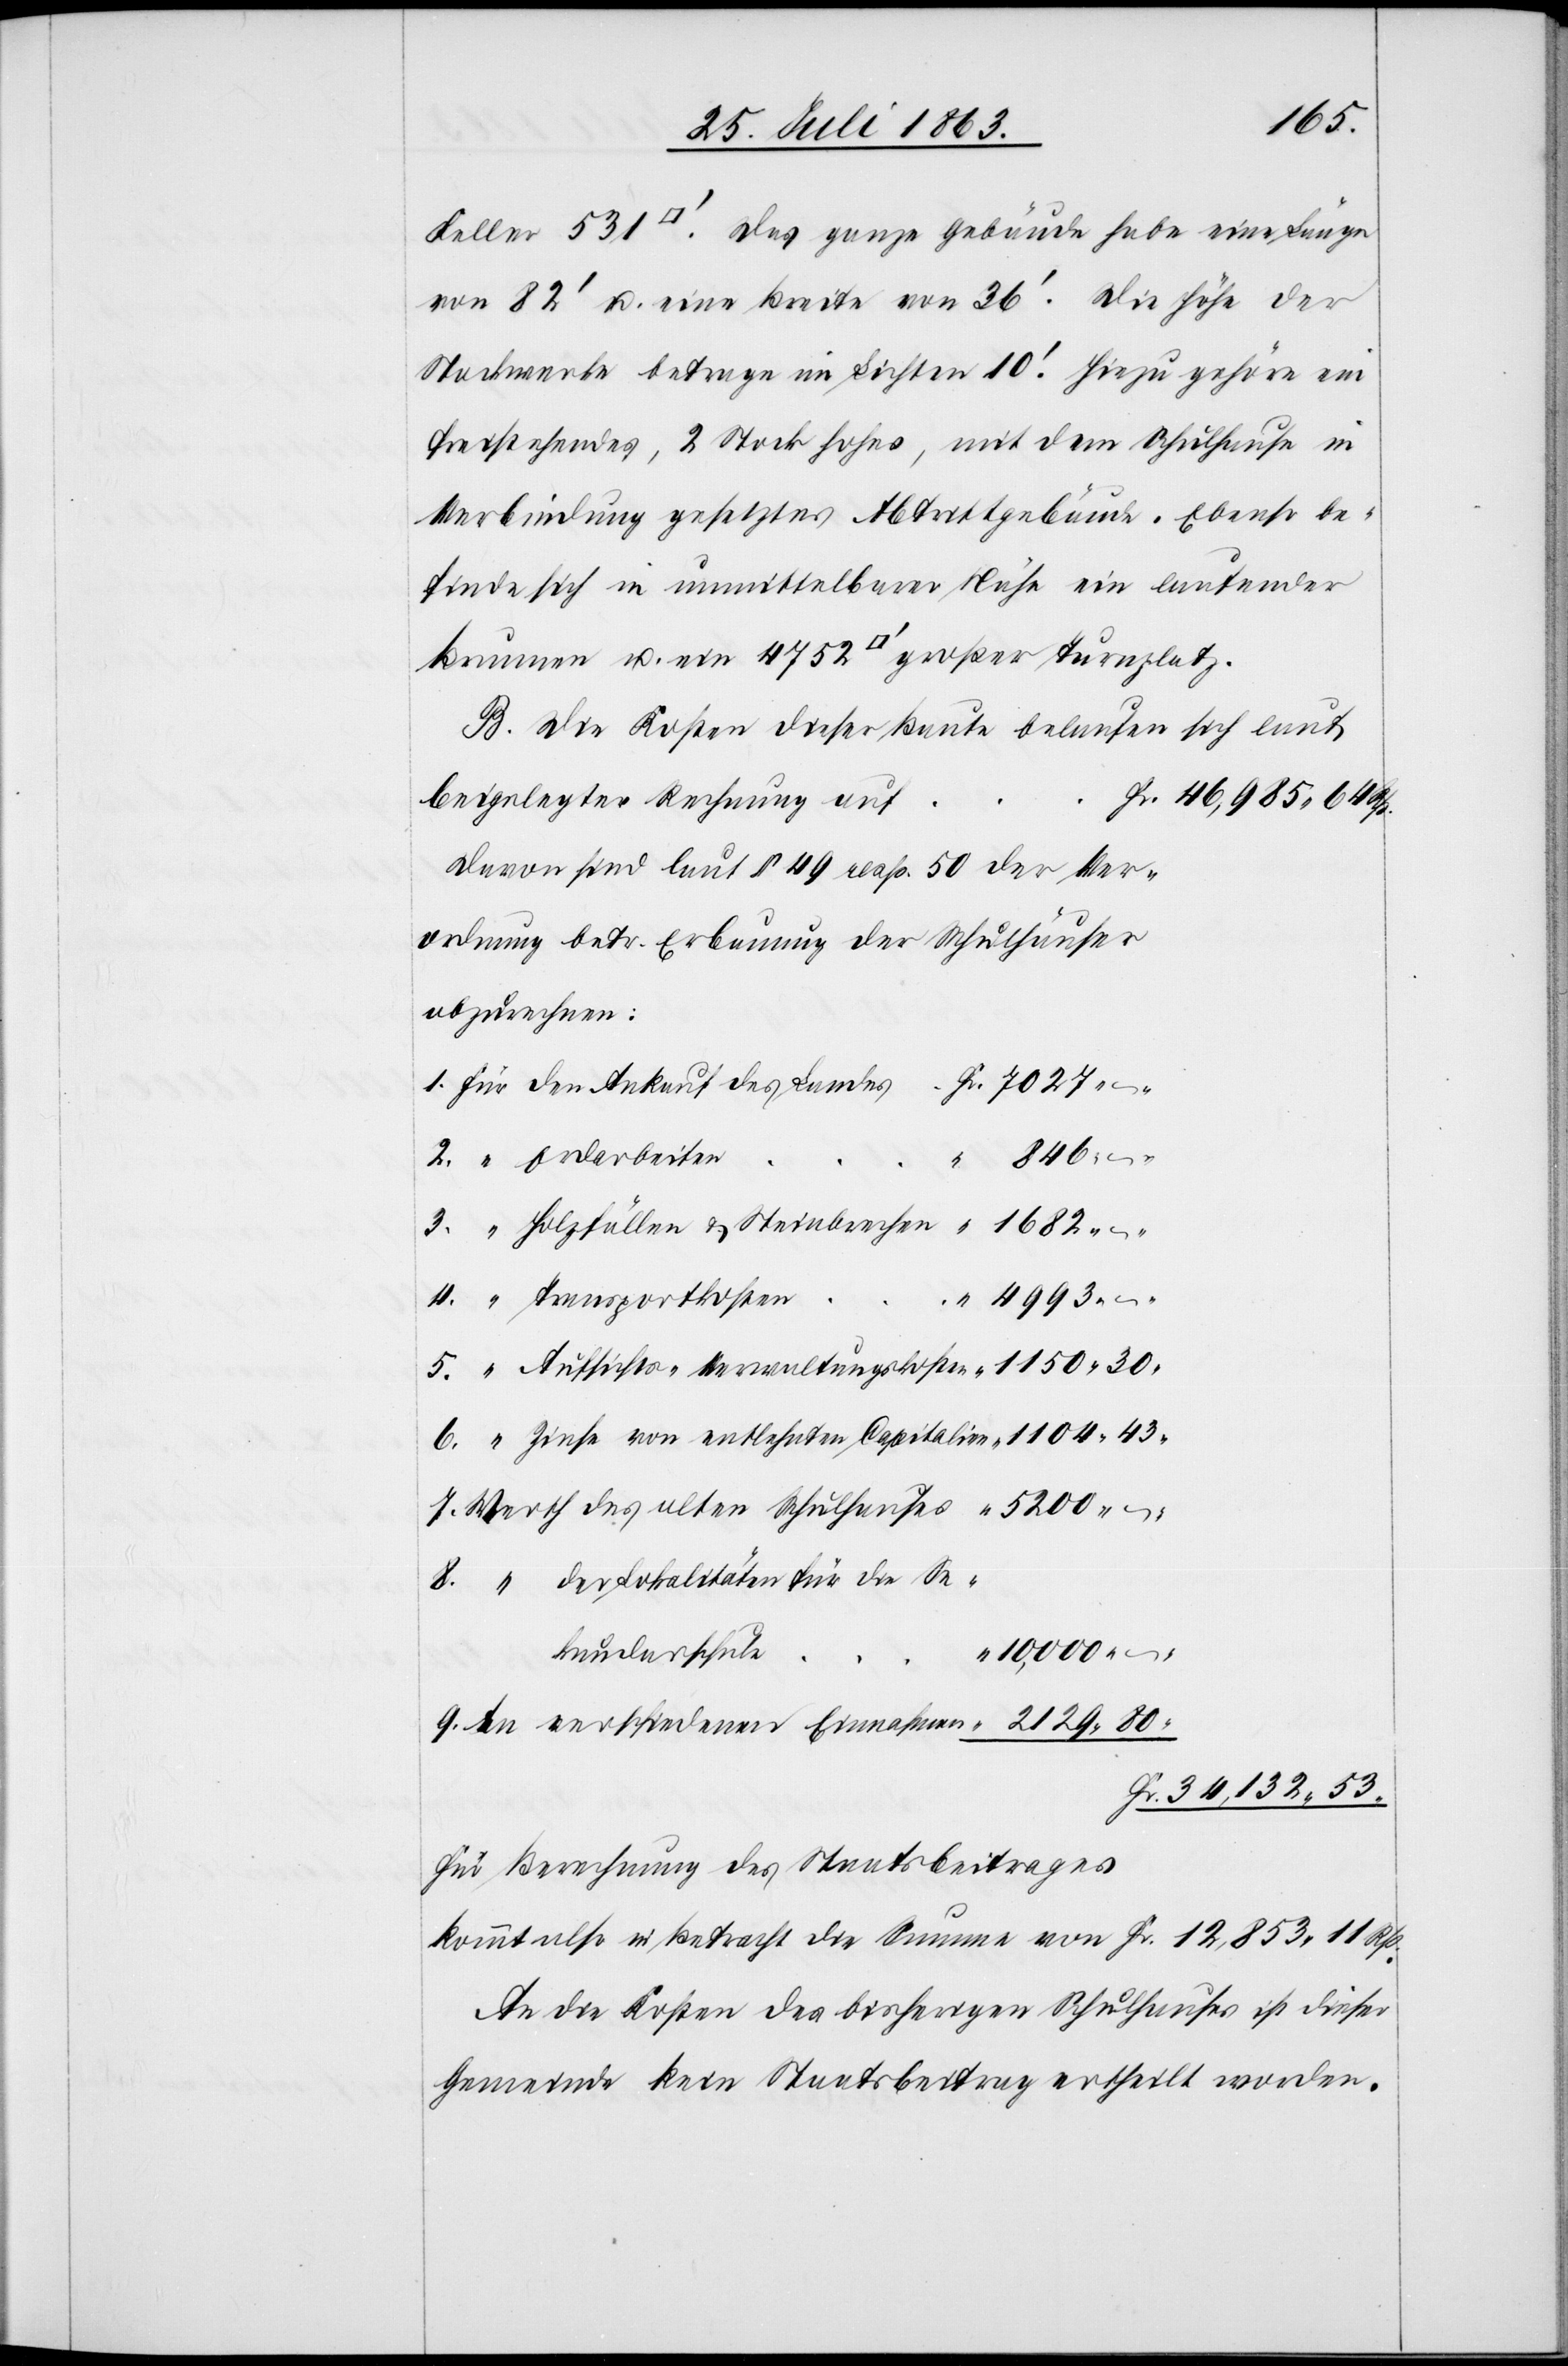
1104.
Keller 531 [Quadratfuss]. Das ganze Gebäude habe eine Länge
von 82' u. eine Breite von 36'. Die Höhe der
Stockwerke betrage im Lichten 10'. Hiezu gehöre ein
freistehendes, 2 Stock hohes, mit dem Schulhause in
Verbindung gesetztes Abtrittgebäude. Ebenso be¬
finde sich in unmittelbarer Nähe ein laufender
Brunnen u. ein 4752 [Quadratfuss] großer Turnplatz.
B. Die Kosten dieser Baute belaufen sich laut
beigelegter Rechnung auf
46,985. 64 Rp.
Davon sind laut § 49 resp. 50 der Ver¬
ordnung betr. Erbauung der Schulhäuser
abzurechnen:
–.
4993.
der Lokalitäten für die Se¬
10,000.
kundarschule
34,132. 53.
für Berechnung des Staatsbeitrages
kommt also in Betracht die Summe von 	Fr. 12,853. 11 Rp.
An die Kosten des bisherigen Schulhauses ist dieser
Gemeinde kein Staatsbeitrag ertheilt worden.